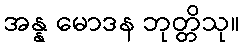
အန္န မောဒန ဘုတ္တိသု။